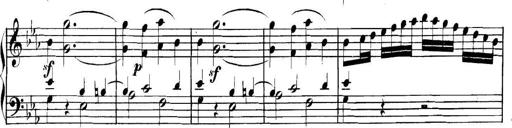
Title: Collected Piano Sonatas
Composer: Muzio Clementi